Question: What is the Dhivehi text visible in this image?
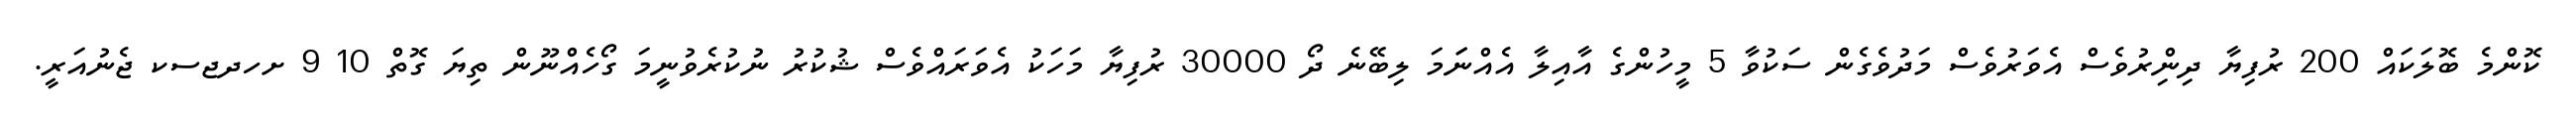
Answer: ކޮންމެ ބޮލަކައް 200 ރުފިޔާ ދިންިރުވެސް އެވަރުވެސް މަދުވެގެން ސަކުވާ 5 މީހުންގެ އާއިލާ އެއްނަަމަ ލިބޭނެ ދޯ 30000 ރުފިޔާ މަހަކު އެވަރައްވެސް ޝުކުރު ނުކުރެވުނީމަ ގޯހެއްނޫން ތިޔަ ގޮތް 10 9 ށހދޖސކ ޖެނުއަރީ.